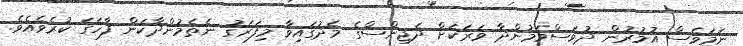
ނަމަވެސް އުމުރުން ދުވަސްވަމުންދާ ވަރަކަށް ދެޖިންސްގެ މެދުގައިވާ މިފަރަގު ނެތެމުންދާކަން ފާހަގަ ކުރެވެއެވެ.